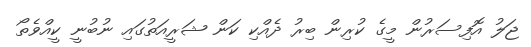
ޖަލު އޮފިސަރުން މީގެ ކުރިން ބިރު ދެއްކި ކަން ޝަރީއަތުގައި ނުބުނީ ކީއްވެތޯ